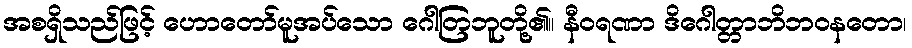
အစရှိသည်ဖြင့် ဟောတော်မူအပ်သော ဂေါတြဘူတို့၏။ နီဝရဏာ ဒိဂေါတ္တာဘိဘဝနတော၊